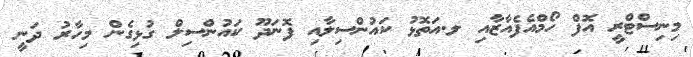
މިނިސްޓްރީ އޮފް ހޯމްއެފެއާޒާއި ލ.އަތޮޅު ކައުންސިލާއި ފޮނަދޫ ކައުންސިލް ގުޅިގެން މިހާރު ދަނީ